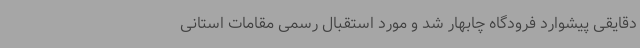
دقایقی پیشوارد فرودگاه چابهار شد و مورد استقبال رسمی مقامات استانی